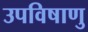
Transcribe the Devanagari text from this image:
उपविषाणु